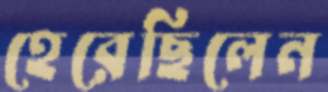
হেরেছিলেন